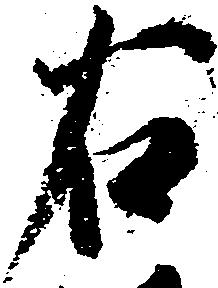
右